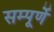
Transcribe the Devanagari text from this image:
सम्पूर्णे